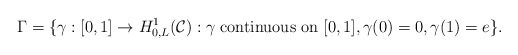
\begin{align*}\Gamma=\{\gamma:[0, 1]\rightarrow H^1_{0, L}(\mathcal C): \gamma \;\textrm{continuous on}\; [0, 1], \gamma(0)=0, \gamma(1)=e\}.\end{align*}